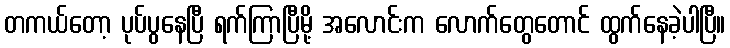
တကယ်တော့ ပုပ်ပွနေပြီ ရက်ကြာပြီမို့ အလောင်းက လောက်တွေတောင် ထွက်နေခဲ့ပါပြီ။